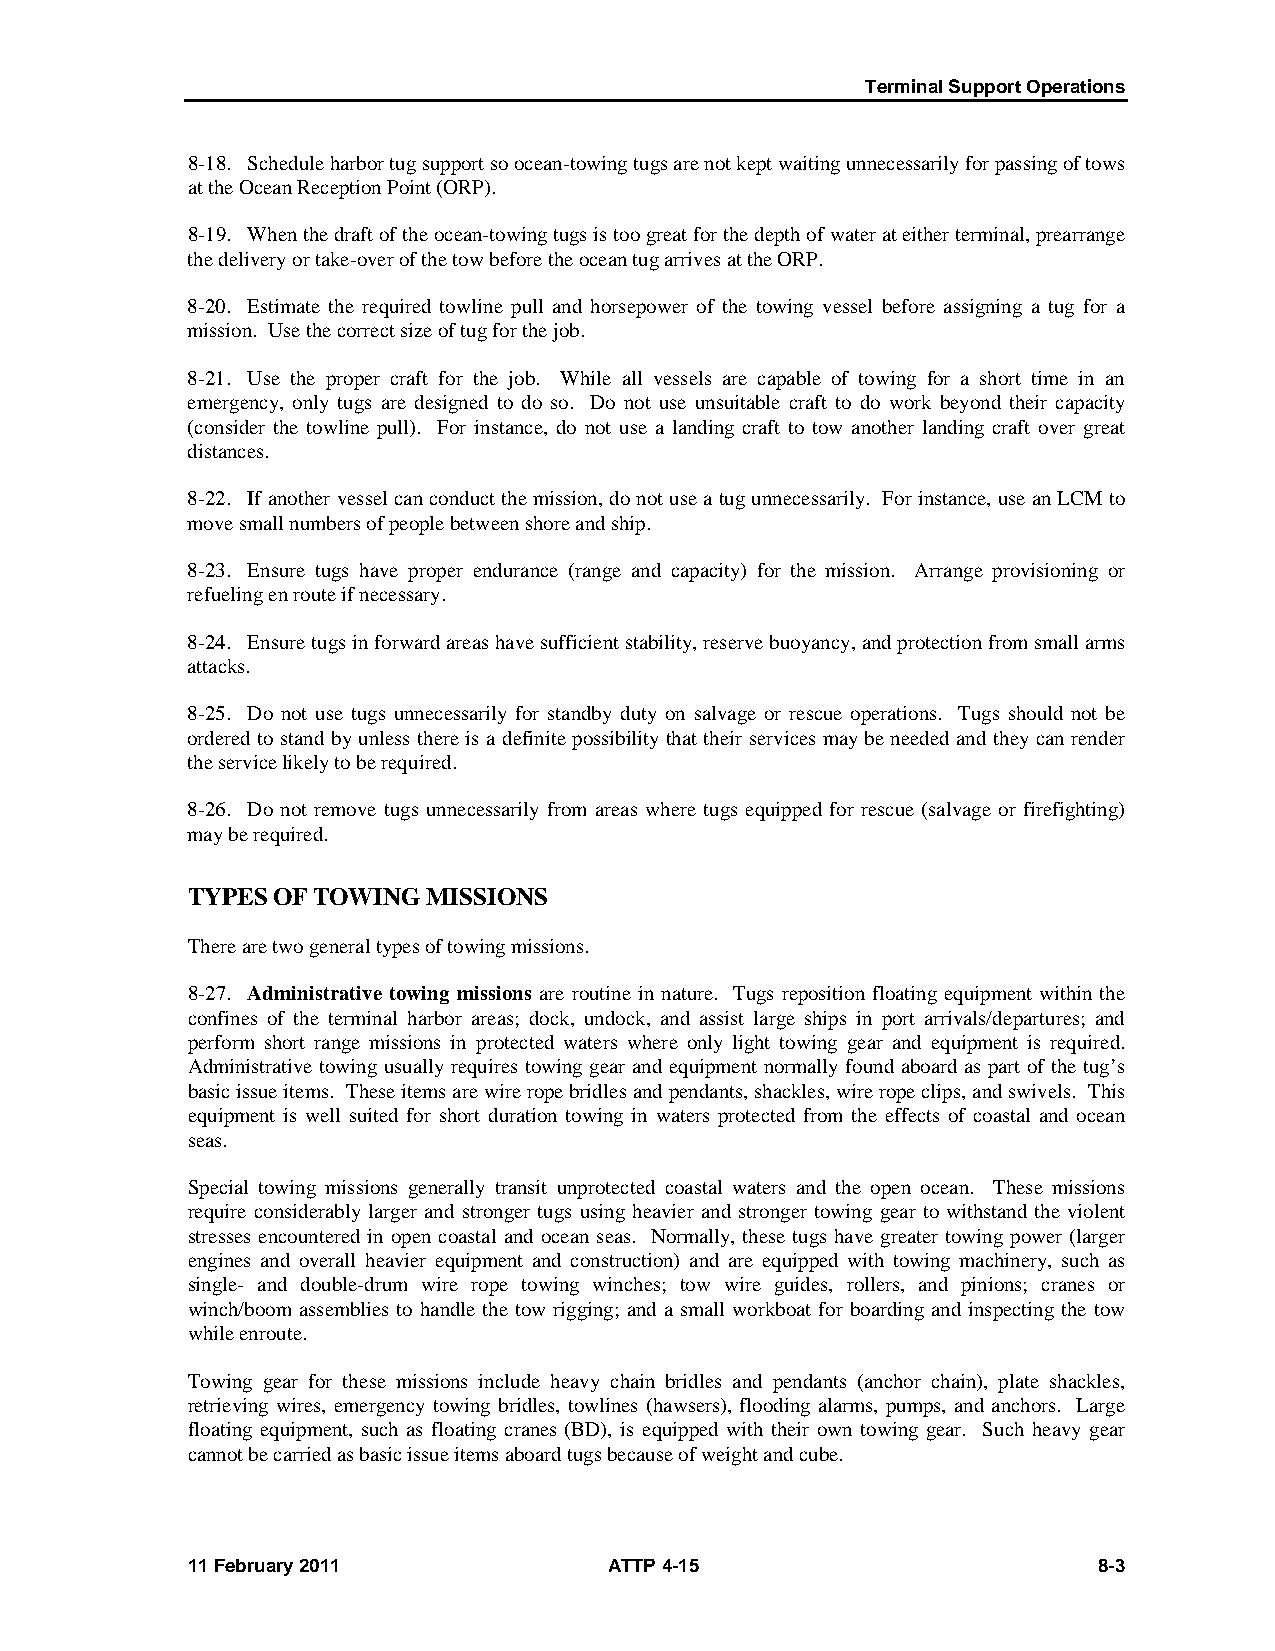
Terminal Support Operations
 8-18. Schedule harbor tug support so ocean-towing tugs are not kept waiting unnecessarily for passing of tows
 at the Ocean Reception Point (ORP).
 8-19. When the draft of the ocean-towing tugs is too great for the depth of water at either terminal, prearrange
 the delivery or take-over of the tow before the ocean tug arrives at the ORP.
 8-20. Estimate the required towline pull and horsepower of the towing vessel before assigning a tug for a
 mission. Use the correct size of tug for the job.
 8-21. Use the proper craft for the job. While all vessels are capable of towing for a short time in an
 emergency, only tugs are designed to do so. Do not use unsuitable craft to do work beyond their capacity
 (consider the towline pull). For instance, do not use a landing craft to tow another landing craft over great
 distances.
 8-22. If another vessel can conduct the mission, do not use a tug unnecessarily. For instance, use an LCM to
 move small numbers of people between shore and ship.
 8-23. Ensure tugs have proper endurance (range and capacity) for the mission. Arrange provisioning or
 refueling en route if necessary.
 8-24. Ensure tugs in forward areas have sufficient stability, reserve buoyancy, and protection from small arms
 attacks.
 8-25. Do not use tugs unnecessarily for standby duty on salvage or rescue operations. Tugs should not be
 ordered to stand by unless there is a definite possibility that their services may be needed and they can render
 the service likely to be required.
 8-26. Do not remove tugs unnecessarily from areas where tugs equipped for rescue (salvage or firefighting)
 may be required.
 TYPES OF TOWING MISSIONS
 There are two general types of towing missions.
 8-27. Administrative towing missions are routine in nature. Tugs reposition floating equipment within the
 confines of the terminal harbor areas; dock, undock, and assist large ships in port arrivals/departures; and
 perform short range missions in protected waters where only light towing gear and equipment is required.
 Administrative towing usually requires towing gear and equipment normally found aboard as part of the tug’s
 basic issue items. These items are wire rope bridles and pendants, shackles, wire rope clips, and swivels. This
 equipment is well suited for short duration towing in waters protected from the effects of coastal and ocean
 seas.
 Special towing missions generally transit unprotected coastal waters and the open ocean. These missions
 require considerably larger and stronger tugs using heavier and stronger towing gear to withstand the violent
 stresses encountered in open coastal and ocean seas. Normally, these tugs have greater towing power (larger
 engines and overall heavier equipment and construction) and are equipped with towing machinery, such as
 single- and double-drum wire rope towing winches; tow wire guides, rollers, and pinions; cranes or
 winch/boom assemblies to handle the tow rigging; and a small workboat for boarding and inspecting the tow
 while enroute.
 Towing gear for these missions include heavy chain bridles and pendants (anchor chain), plate shackles,
 retrieving wires, emergency towing bridles, towlines (hawsers), flooding alarms, pumps, and anchors. Large
 floating equipment, such as floating cranes (BD), is equipped with their own towing gear. Such heavy gear
 cannot be carried as basic issue items aboard tugs because of weight and cube.
 11 February 2011            ATTP 4-15                        8-3